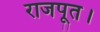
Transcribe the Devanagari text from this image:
राजपूत।